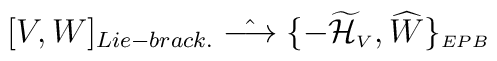
[V,W]_{Lie-brack.} \; \hat{\longrightarrow} \; \{-{\widetilde {\cal H}}_{\scriptscriptstyle V},{\widehat W}\}_{\scriptscriptstyle EPB}